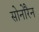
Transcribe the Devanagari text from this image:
सोनोरैन